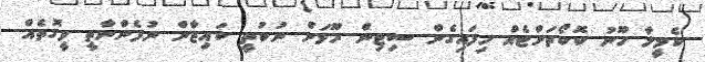
ކެމީލާ ހޫނު ކޮކޯތަށްޓެއް ހިފައިގެން ސިޓިން ރޫމަށް ނުކުތީ ކައިޒާން ނުފެންނާތީ ވީގޮތެއް